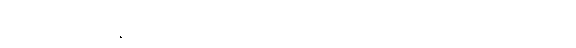
အလုပ်လည်းရနေပြီဖြစ်ကြောင်း ဂျေရုဆလင်မြို့ရှိ ကုလသမဂ္ဂ ကယ်ဆယ်ရေးအဖွဲ့